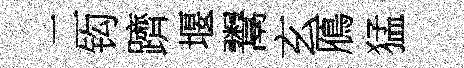
二钩躋堰鬻玄鴈猛